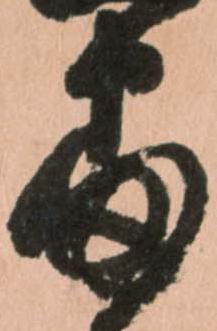
番